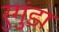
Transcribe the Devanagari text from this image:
रुगुंडा